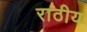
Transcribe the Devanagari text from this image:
राठीय